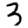
Digit: 3